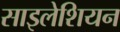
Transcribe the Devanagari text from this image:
साइलेशियन